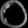
Digit: ၀